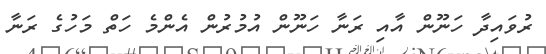
ރުވައިދާ ހަނޫން އާއި ރަނާ ހަނޫން އުމުރުން އެންމެ ހަތް މަހުގެ ރަނާ